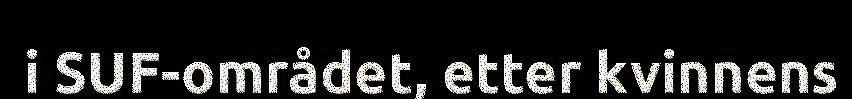
i SUF-området, etter kvinnens